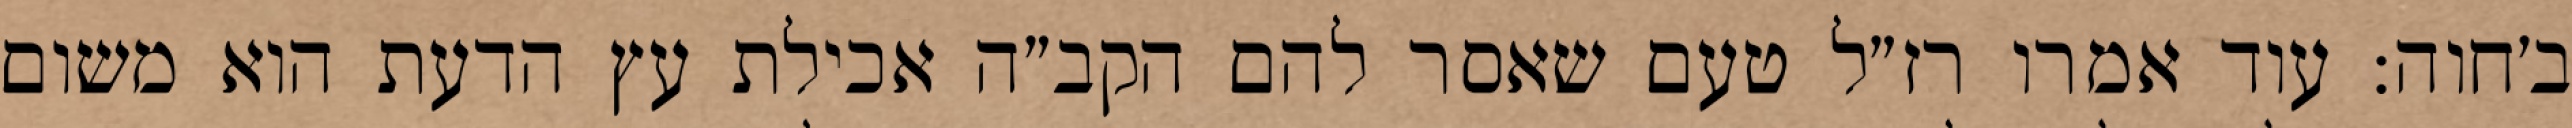
ב׳חוה: עוד אמרו רז״ל טעם שאסר להם הקב״ה אכילת עץ הדעת הוא משום